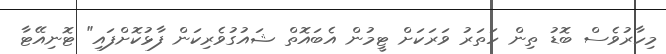
މިހާރުވެސް ބޮޑު ތިން ހަތަރު ވަރަކަށް ޓީމުން އެބައޮތް ޝައުގުވެރިކަން ފާޅުކޮށްފައި" ޓޮނިއޭޓާ